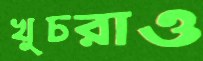
খুচরাও